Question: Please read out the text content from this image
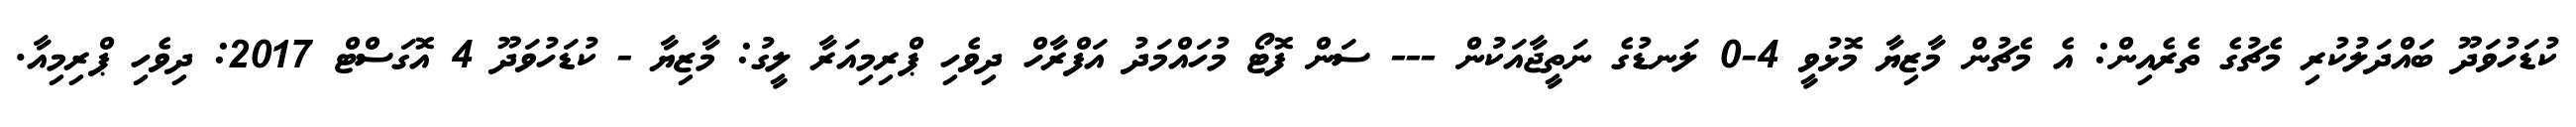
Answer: ކުޑަހުވަދޫ ބައްދަލުކުރި މެޗުގެ ތެރެއިން: އެ މެޗުން މާޒިޔާ މޮޅުވީ 4-0 ލަނޑުގެ ނަތީޖާއަކުން --- ސަން ފޮޓޯ މުހައްމަދު އަފްރާހް ދިވެހި ޕްރިމިއަރާ ލީގު: މާޒިޔާ - ކުޑަހުވަދޫ 4 އޮގަސްޓް 2017: ދިވެހި ޕްރިމިއާ.